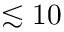
\lesssim 1 0